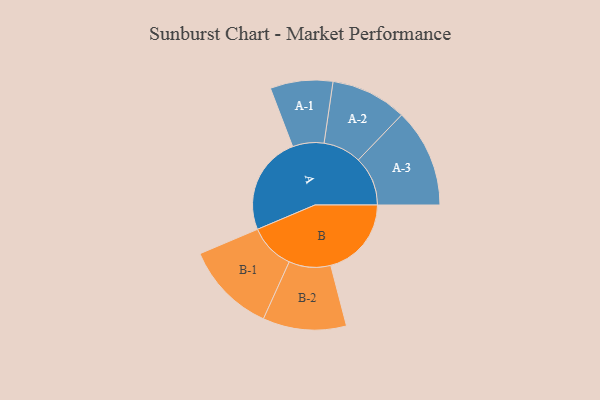
{"axis": {"x": "Segment", "y": "Value"}, "legend": ["", "A", "B"], "data": [{"x": "A", "y": 321, "type": ""}, {"x": "B", "y": 263, "type": ""}, {"x": "A-1", "y": 102, "type": "A"}, {"x": "A-2", "y": 124, "type": "A"}, {"x": "A-3", "y": 161, "type": "A"}, {"x": "B-1", "y": 149, "type": "B"}, {"x": "B-2", "y": 136, "type": "B"}]}